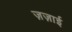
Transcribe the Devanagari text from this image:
ज़ज़ाई